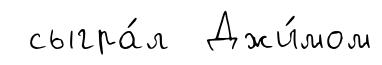
сыгра́л Джи́мом